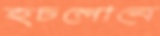
হচলোনে